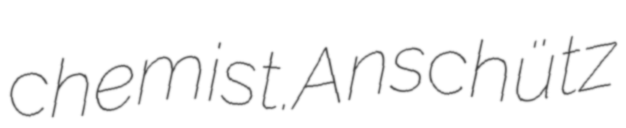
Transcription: chemist.Anschütz